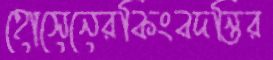
হোসেনেরকিংবদন্তির